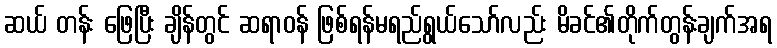
ဆယ် တန်း ဖြေပြီး ချိန်တွင် ဆရာဝန် ဖြစ်ရန်မရည်ရွယ်သော်လည်း မိခင်၏တိုက်တွန်းချက်အရ